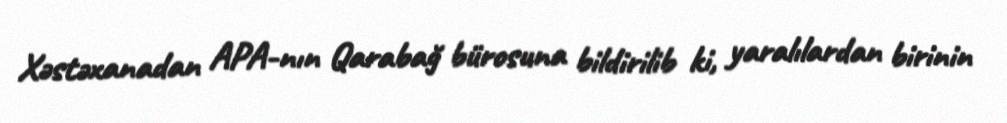
Xəstəxanadan APA-nın Qarabağ bürosuna bildirilib ki, yaralılardan birinin